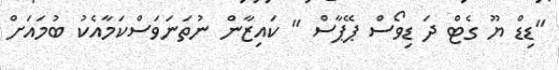
"ޑިޑް ޔޫ ގެޓް ދަ ޑިވޯސް ޕޭޕާސް " ކައިޒާން ނުތަނަވަސްކަމާއެކު ބުމައަށް